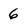
Character: 6